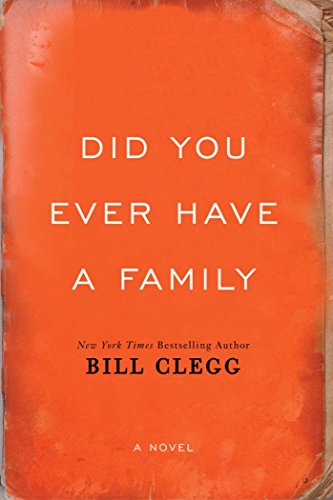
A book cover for Did You Ever Have A Family; Bill Clegg; Literature & Fiction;